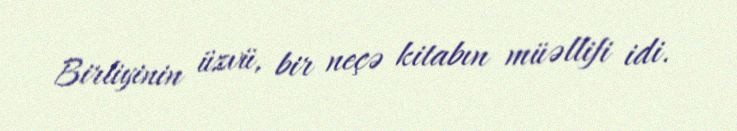
Birliyinin üzvü, bir neçə kitabın müəllifi idi.